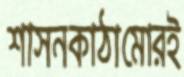
শাসনকাঠামোরই